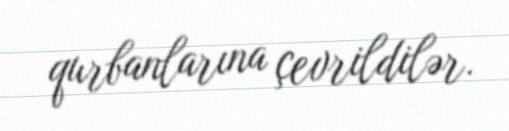
qurbanlarına çevrildilər.